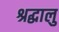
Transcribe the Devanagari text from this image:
श्रद्घालु